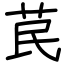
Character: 苠